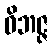
ဝိဘဇ္ဇ